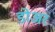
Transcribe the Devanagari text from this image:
डोअर